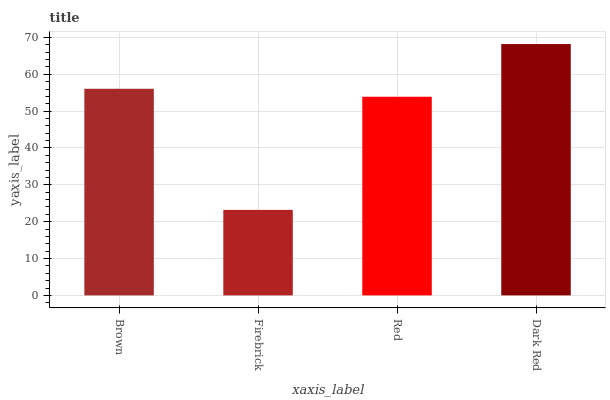
| xaxis_label | bars |
 | --- | --- |
 | Brown | 56.1 |
 | Firebrick | 23.2 |
 | Red | 53.9 |
 | Dark Red | 68.2 |